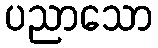
ပညာသော